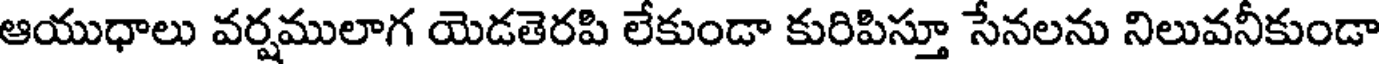
ఆయుధాలు వర్షములాగ యెడతెరపి లేకుండా కురిపిస్తూ సేనలను నిలువనీకుండా